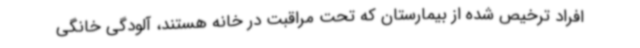
افراد ترخیص شده از بیمارستان که تحت مراقبت در خانه هستند، آلودگی خانگی